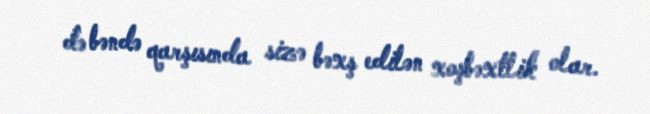
də bəndə qarşısında sizə bəxş edilən xoşbəxtlik olar.